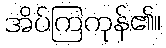
အိပ်ကြကုန်၏။